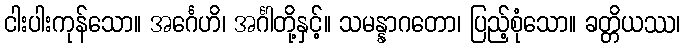
ငါးပါးကုန်သော။ အင်္ဂေဟိ၊ အင်္ဂါတို့နှင့်။ သမန္နာဂတော၊ ပြည့်စုံသော။ ခတ္တိယဿ၊